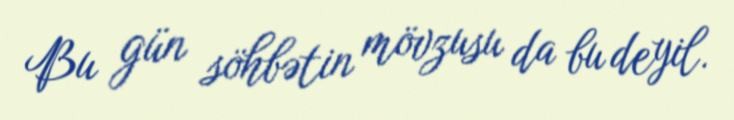
Bu gün söhbətin mövzusu da bu deyil.